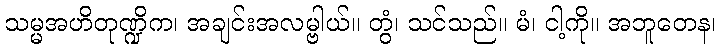
သမ္မအဟိတုဏ္ဍိက၊ အချင်းအလမ္ဗါယ်။ တွံ၊ သင်သည်။ မံ၊ ငါ့ကို။ အဘူတေန၊